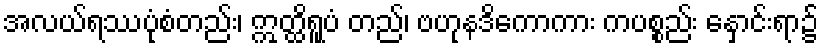
အလယ်ရဿပုံစံတည်း၊ ဣတ္ထိရူပံ တည်၊ ဗဟုနဒိကောကား ကပစ္စည်း နှောင်းရာ၌